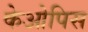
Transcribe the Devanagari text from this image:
केओपिस